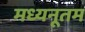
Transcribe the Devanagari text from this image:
मध्यनूतम